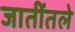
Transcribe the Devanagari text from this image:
जातींतले